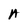
Character: A